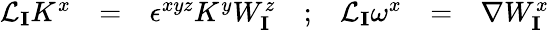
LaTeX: \begin{array}{ccccccc}{{{\cal L}_{\mathbf{I}}K^{x}}}&{{=}}&{{\epsilon^{xyz}K^{y}W_{\mathbf{I}}^{z}}}&{{;}}&{{{\cal L}_{\mathbf{I}}\omega^{x}}}&{{=}}&{{\nabla W_{\mathbf{I}}^{x}}}\end{array}